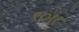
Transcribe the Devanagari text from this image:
९०११